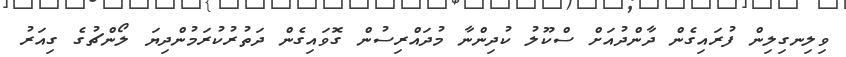
ވިލިނގިލިން ފުރައިގެން ދާންދުއަށް ސްކޫލު ކުދިންނާ މުދައްރިސުން ގޮވައިގެން ދަތުރުކުރަމުންދިޔަ ލޯންޗުގެ ގިއަރު